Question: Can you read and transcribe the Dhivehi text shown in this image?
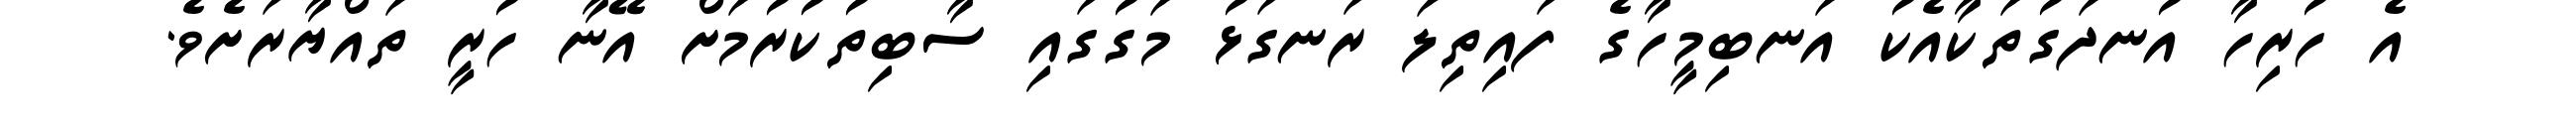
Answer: އެ ހުރިހާ އުނދަގުތަކާއެކު އަނބިމީހާގެ ފައިތިލަ ރަނގަޅު މަގުގައި ސާބިތުކުރުމަށް އޭނާ ހުރީ ތައްޔާރަށެވެ.